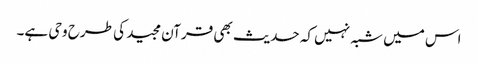
اس میں شبہ نہیں کہ حدیث بھی قرآن مجید کی طرح وحی ہے۔